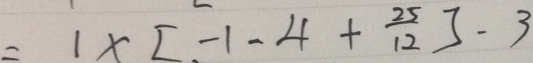
= - 1 \times [ - 1 - 4 + \frac { 2 5 } { 1 2 } ] - 3